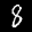
Label: 8